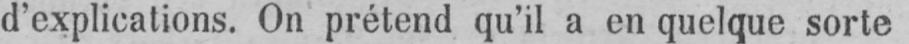
d’explications. On prétend qu’il a en quelque sorte